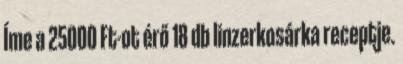
Íme a 25000 Ft-ot érő 18 db linzerkosárka receptje.